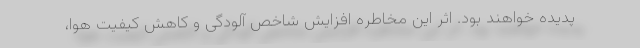
پدیده خواهند بود. اثر این مخاطره افزایش شاخص آلودگی و کاهش کیفیت هوا،